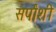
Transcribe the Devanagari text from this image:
सर्पांशी